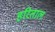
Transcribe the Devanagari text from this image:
हरिताल